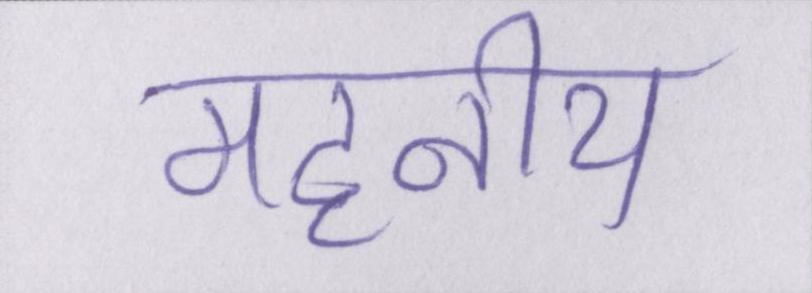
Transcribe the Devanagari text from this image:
महनीय